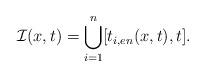
LaTeX: \begin{align*} \mathcal{I}(x,t)=\bigcup_{i=1}^{n}[t_{i,en}(x,t),t].\end{align*}